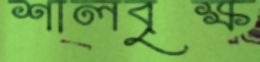
শালবৃক্ষ